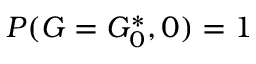
P ( G = G _ { 0 } ^ { * } , 0 ) = 1